Indian journal of veterinary science and animal husbandry - Volume 4,
Year: 1934
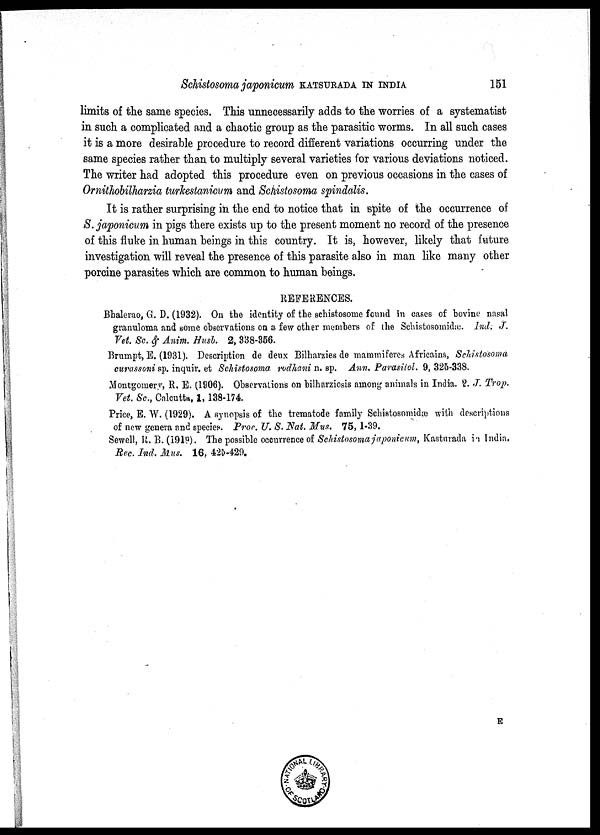
Schistosoma japonicum
KATSURDA
IN
INDIA
151
limits of the same species. This unnecessarily adds to the worries of a systematist
in such a complicated and a chaotic group as the parasitic worms. In all such cases
it is a more desirable procedure to record different variations occurring under the
same species rather than to multiply several varieties for various deviations noticed.
The writer had adopted this procedure even on previous occasions in the cases of
Ornithobilharzia turkestanicum and Schistosoma spindalis.
It is rather surprising in the end to notice that in spite of the occurrence of
S. japonicum in pigs there exists up to the present moment no record of the presence
of this fluke in human beings in this country. It is, however, likely that future
investigation will reveal the presence of this parasite also in man like many other
porcine parasites which are common to human beings.
REFERENCES.
Bhalerao, G. D. (1932). On the identity of the schistosome found in cases of bovine nasal
granuloma and some observations on a few other members of the Schistosomidæ. Ind. J.
Vet. Sc. & Anim. Husb. 2, 338-356.
Brumpt, E. (1931). Description de deux Bilharzies de mammiferes Africains, Schistosoma
curassoni sp. inquir. et Schistosoma rodhani n. sp. Ann. Parasitol. 9, 325-338.
Montgomery, R. E. (1906). Observations on bilharziosis among animals in India. 2. J. Trop.
Vet. Sc., Calcutta, 1, 138-174.
Price, E. W. (1929). A synopsis of the trematode family Schistosomidæ with descriptions
of new genera and species. Proc. U. S. Nat. Mus. 75, 1-39.
Sewell, R. B. (1919). The possible occurrence of Schistosoma japonicum, Kasturada in India.
Rec. Ind. Mus. 16, 425-429.